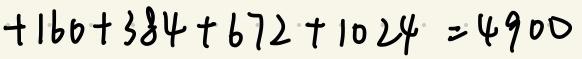
$+160 + 384 + 672 + 1024 = 4900$